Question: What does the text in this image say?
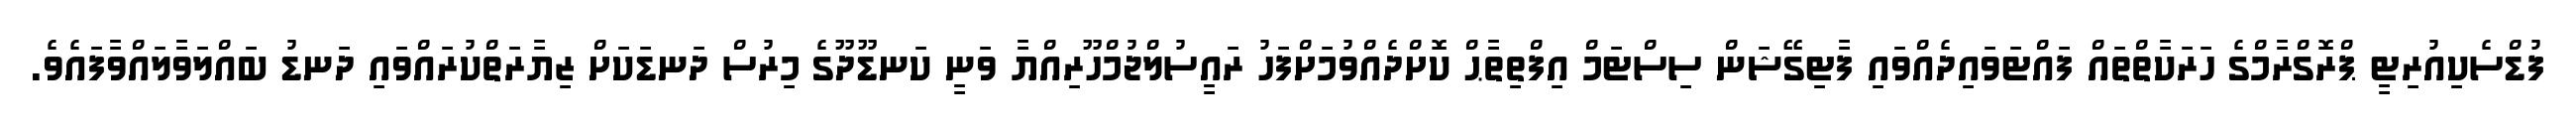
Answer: ފުޑްސެކިއުރިޓީ ޕްރޮގްރާމްގެ ހަރަކާތްތައް ފައްޓަވައިދެއްވައި ފާޓިގޭޝަން ސިސްޓަމް އިފްތިތާޙް ކޮށްދެއްވުމަށްފަހު ރައީސުލްޖުމްހޫރިއްޔާ ވަނީ ކަނޑޫދޫގެ މިރުސް ދަނޑަކަށް ޒިޔާރަތްކުރައްވައި ދަނޑު ބައްލަވާލައްވާފައެވެ.